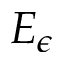
E _ { \epsilon }